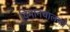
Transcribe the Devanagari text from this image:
विमानचालको